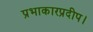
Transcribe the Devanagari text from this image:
प्रभाकारप्रदीप।